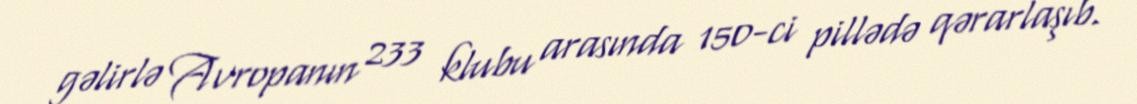
gəlirlə Avropanın 233 klubu arasında 150-ci pillədə qərarlaşıb.